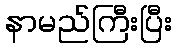
နာမည်ကြီးပြီး